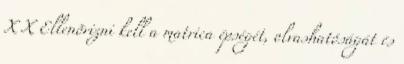
X X Ellenõrizni kell a matrica épségét, olvashatóságát és